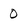
Character: 0